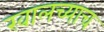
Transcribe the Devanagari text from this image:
खालच्याच